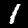
Digit: 1